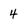
Character: 4